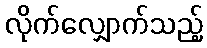
လိုက်လျှောက်သည့်